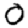
Digit: 0